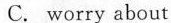
C. worry about